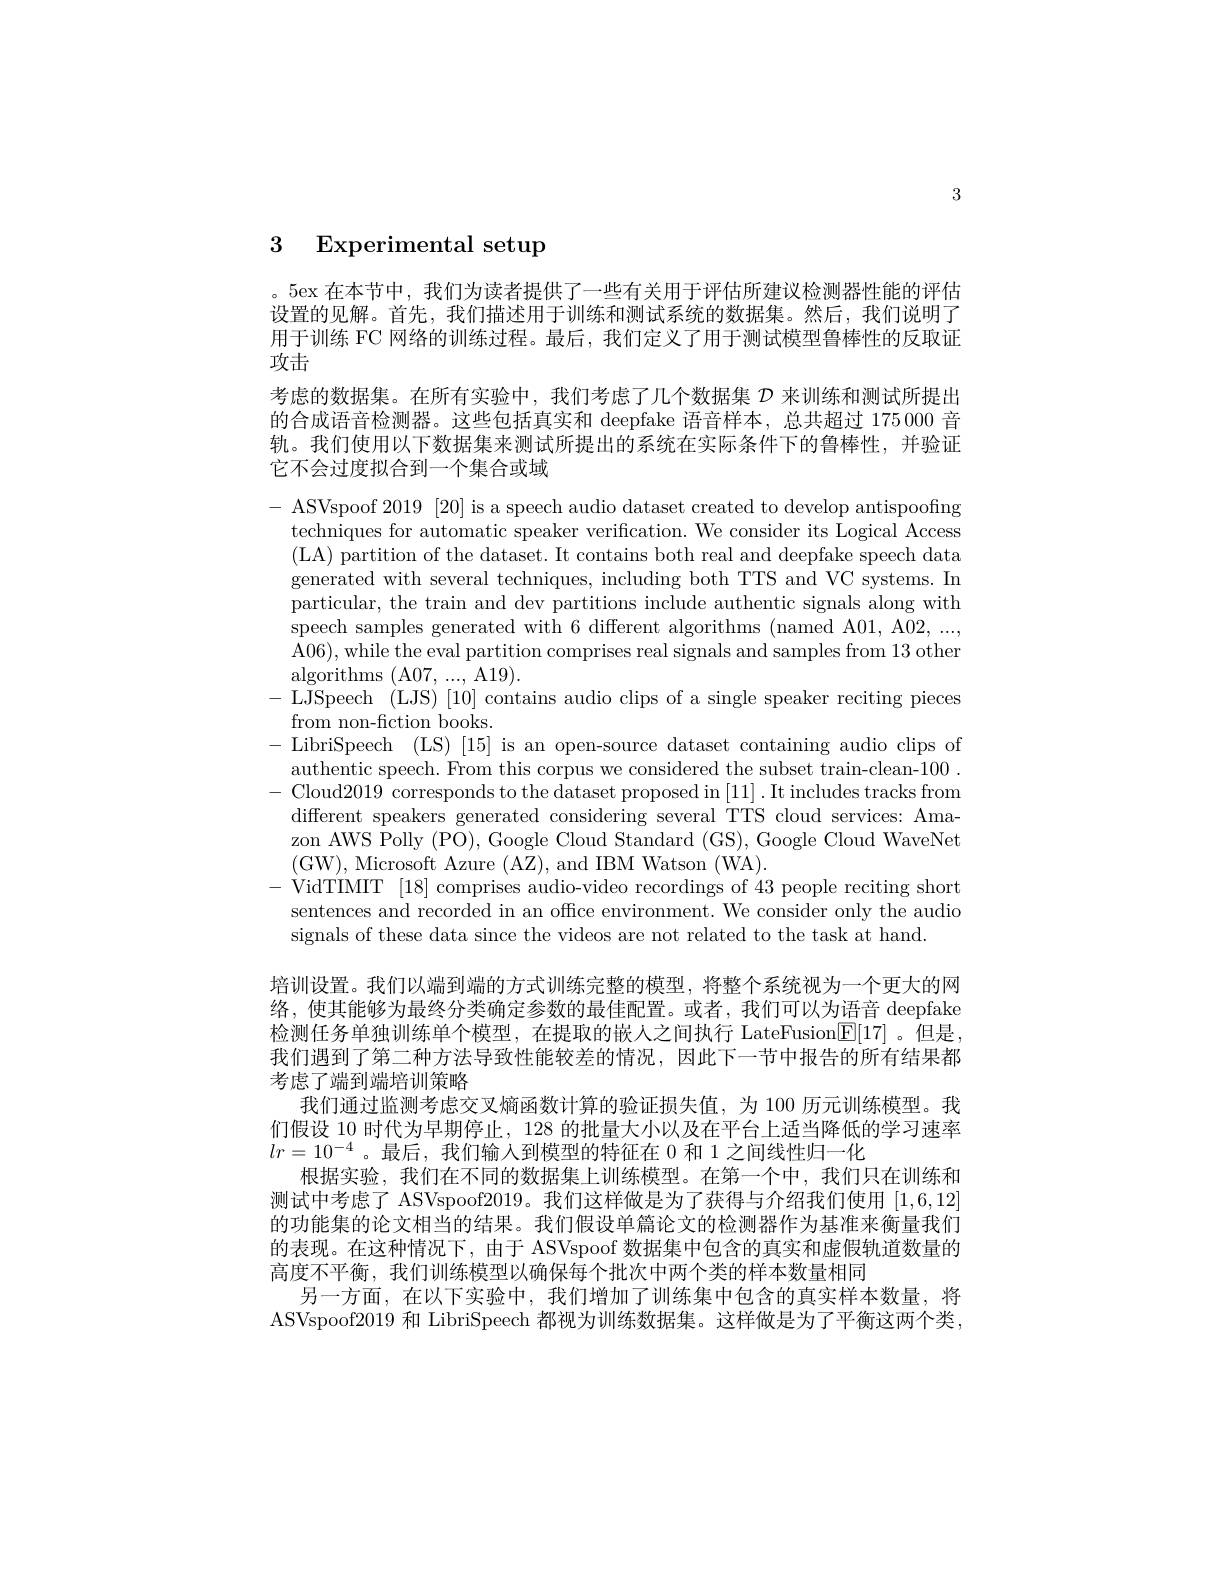
3

# 3 Experimental setup

。5ex 在本节中，我们为读者提供了一些有关用于评估所建议检测器性能的评估设置的见解。首先，我们描述用于训练和测试系统的数据集。然后，我们说明了用于训练 FC 网络的训练过程。最后，我们定义了用于测试模型鲁棒性的反取证攻击
考虑的数据集。在所有实验中，我们考虑了几个数据集$\mathcal{D}$来训练和测试所提出的合成语音检测器。这些包括真实和 deepfake 语音样本，总共超过 175 000 音轨。我们使用以下数据集来测试所提出的系统在实际条件下的鲁棒性，并验证它不会过度拟合到一个集合或域

- ASVspoof 2019 [20] is a speech audio dataset created to develop antispoofing
techniques for automatic speaker verification. We consider its Logical Access (LA) partition of the dataset. It contains both real and deepfake speech data generated with several techniques, including both TTS and VC systems. In particular, the train and dev partitions include authentic signals along with speech samples generated with 6 different algorithms (named A01, A02, ..., A06), while the eval partition comprises real signals and samples from 13 other algorithms (A07,...,A19).
-LJSpeech (LJS)[10] contains audio clips of a single speaker reciting pieces
from non-fiction books.
-LibriSpeech (LS)[15] is an open-source dataset containing audio clips of
authentic speech. From this corpus we considered the subset train-clean-100~. - Cloud2019 corresponds to the dataset proposed in [11]. It includes tracks from different speakers generated considering several TTS cloud services: Amazon AWS Polly (PO), Google Cloud Standard (GS), Google Cloud WaveNet (GW), Microsoft Azure (AZ), and IBM Watson (WA).
-VidTIMIT[18]comprises audio-video recordings of 43people reciting short
sentences and recorded in an offce environment. We consider only the audio
signals of these data since the videos are not related to the task at hand.
培训设置。我们以端到端的方式训练完整的模型，将整个系统视为一个更大的网络，使其能够为最终分类确定参数的最佳配置。或者，我们可以为语音 deepfake 检测任务单独训练单个模型，在提取的嵌人之间执行 LateFusion[E[17]。但是， 我们遇到了第二种方法导致性能较差的情况，因此下一节中报告的所有结果都考虑了端到端培训策略
我们通过监测考虑交叉熵函数计算的验证损失值，为 100 历元训练模型。我们假设 10 时代为早期停止，128 的批量大小以及在平台上适当降低的学习速率$lr=10^{-4}$。最后，我们输入到模型的特征在 0 和 1 之间线性归一化
根据实验，我们在不同的数据集上训练模型。在第一个中，我们只在训练和测试中考虑了 ASVspoof2019。我们这样做是为了获得与介绍我们使用[1,6,12] 的功能集的论文相当的结果。我们假设单篇论文的检测器作为基准来衡量我们， 的表现。在这种情况下，由于 ASVspoof 数据集中包含的真实和虚假轨道数量的高度不平衡，我们训练模型以确保每个批次中两个类的样本数量相同
另一方面，在以下实验中，我们增加了训练集中包含的真实样本数量，将ASVspoof2019 和 LibriSpeech 都视为训练数据集。这样做是为了平衡这两个类